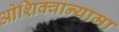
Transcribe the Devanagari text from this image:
ओशिक्वान्यामा